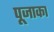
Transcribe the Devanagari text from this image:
पूजाका